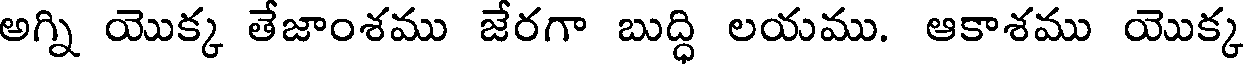
అగ్ని యొక్క తేజాంశము జేరగా బుద్ధి లయము. ఆకాశము యొక్క